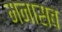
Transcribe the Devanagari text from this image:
मनासब